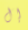
إل